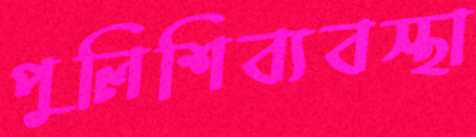
পুলিশিব্যবস্থা